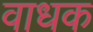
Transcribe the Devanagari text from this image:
वाधक